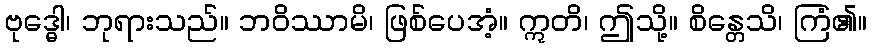
ဗုဒ္ဓေါ၊ ဘုရားသည်။ ဘဝိဿာမိ၊ ဖြစ်ပေအံ့။ ဣတိ၊ ဤသို့။ စိန္တေသိ၊ ကြံ၏။